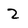
Character: 2